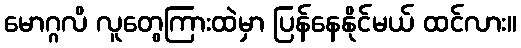
မောဂ္ဂလိ လူတွေကြားထဲမှာ ပြန်နေနိုင်မယ် ထင်လား။